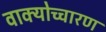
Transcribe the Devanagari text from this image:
वाक्योच्चारण